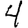
Digit: 4